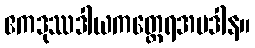
ဧကဒုဿဒါယကတ္ထေရအပဒါန။